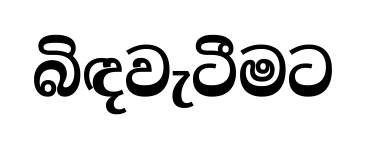
බිඳවැටීමට